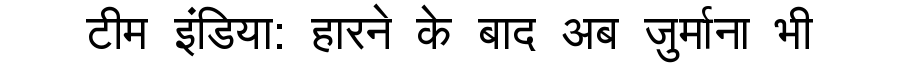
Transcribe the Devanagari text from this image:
टीम इंडिया: हारने के बाद अब जुर्माना भी